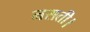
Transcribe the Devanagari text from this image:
नसती।